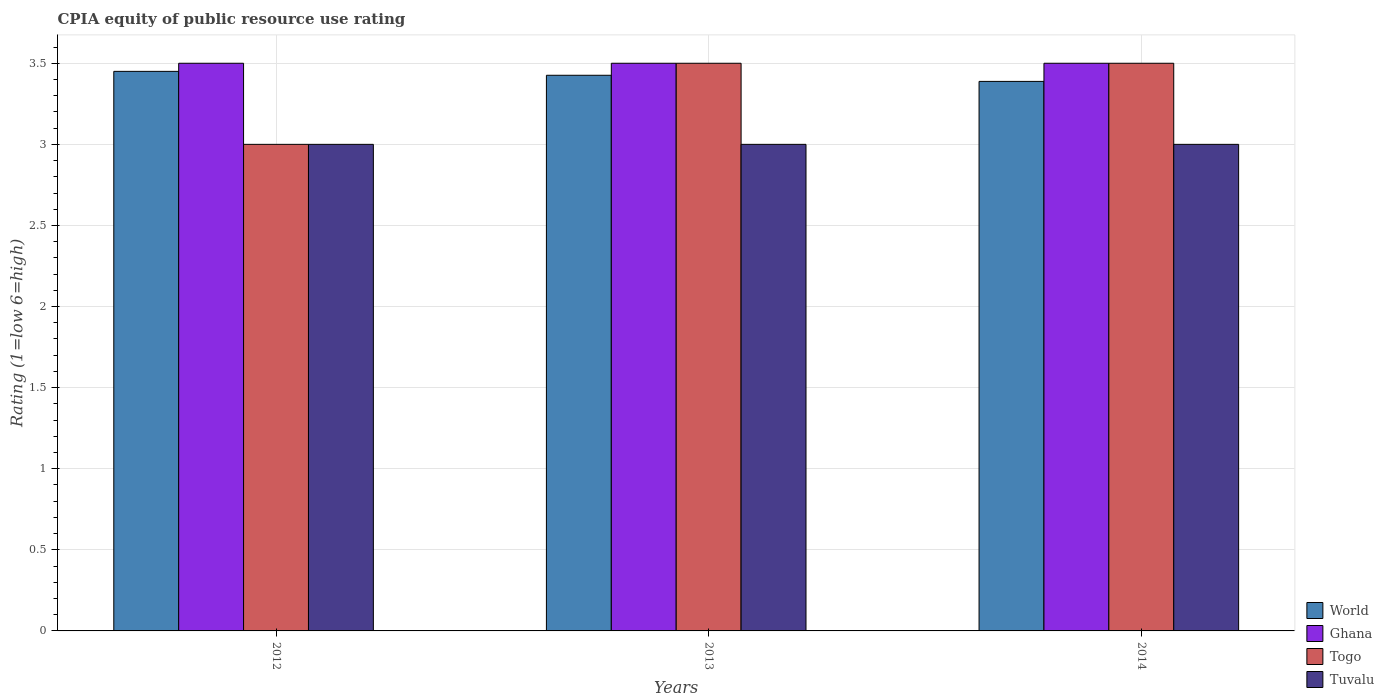
| Years | World | Ghana | Togo | Tuvalu |
 | --- | --- | --- | --- | --- |
 | 2012 | 3.45 | 3.5 | 3 | 3 |
 | 2013 | 3.43 | 3.5 | 3.5 | 3 |
 | 2014 | 3.39 | 3.5 | 3.5 | 3 |